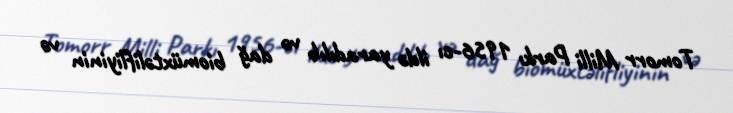
Tomorr Milli Parkı 1956-cı ildə yaradılıb və dağ biomüxtəlifliyinin və